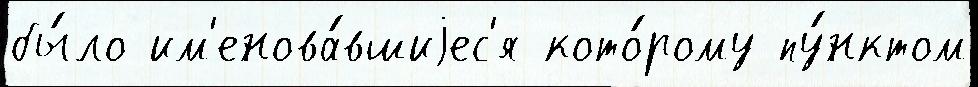
бы́ло им'енова́вшиjес'я кото́рому пу́нктом